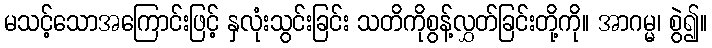
မသင့်သောအကြောင်းဖြင့် နှလုံးသွင်းခြင်း သတိကိုစွန့်လွှတ်ခြင်းတို့ကို။ အာဂမ္မ၊ စွဲ၍။